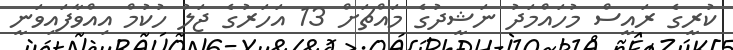
ކުރީގެ ރައީސް މުހައްމަދު ނަޝީދުގެ މައްޗަށް 13 އަހަރުގެ ޖަލު ހުކުމް އިއްވާފައިވަނީ